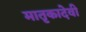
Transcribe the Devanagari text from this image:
मातृकादेवी